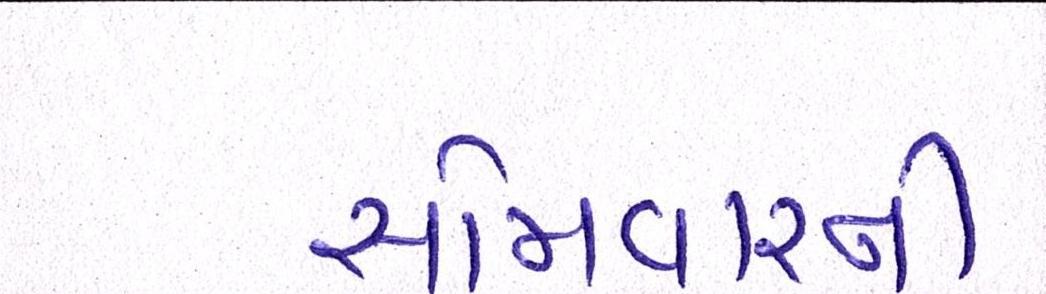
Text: સોમવારની